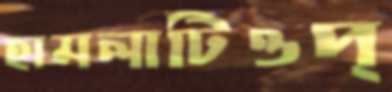
হামলাটিওপ্